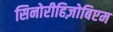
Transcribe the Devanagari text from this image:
सिनोरीहिज़ोबिएम